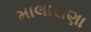
માલોસણા